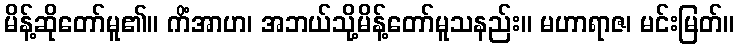
မိန့်ဆိုတော်မူ၏။ ကိံအာဟ၊ အဘယ်သို့မိန့်တော်မူသနည်း။ မဟာရာဇ၊ မင်းမြတ်။